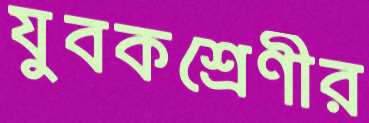
যুবকশ্রেণীর